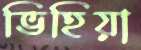
ভিহিয়া